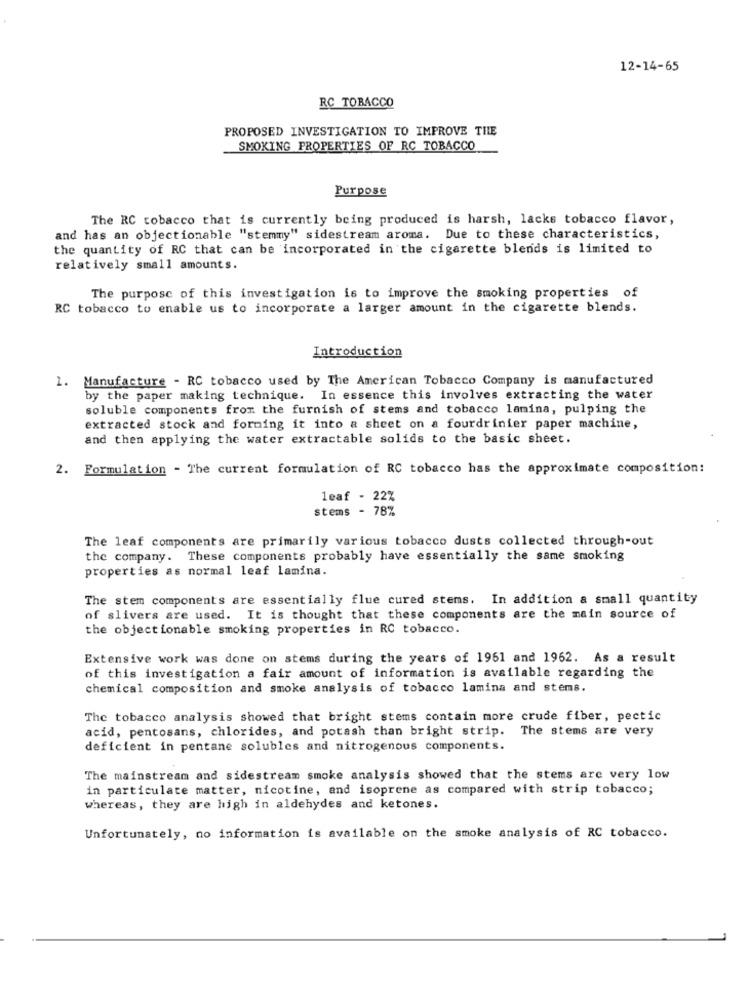
12-14-65
RC TOBACCO
PROPOSED INVESTIGATION TO IMPROVE THE
SMOKING PROPERTIES OF RC TOBACCO
Purpose
The RC tobacco that is currently being produced is harsh, lacks tobacco flavor,
and has an objectionable "stemmy" sidestream aroma. Due to these characteristics,
the quantity of RC that can be incorporated in the cigarette blends is limited to
relatively small amounts.
The purpose of this investigation is to improve the smoking properties of
RC tobacco to enable us to incorporate a larger amount in the cigarette blends.
Introduction
1. Manufacture - RC tobacco used by The American Tobacco Company is manufactured
by the paper making technique. In essence this involves extracting the water
soluble components from the furnish of stems and tobacco lamina, pulping the
extracted stock and forming it into a sheet on a fourdrinier paper machine,
and then applying the water extractable solids to the basic sheet.
2. Formulation - The current formulation of RC tobacco has the approximate composition:
leaf - 22%
stems - 78%
The leaf components are primarily various tobacco dusts collected through-out
the company. These components probably have essentially the same smoking
properties as normal leaf lamina.
The stem components are essentially flue cured stems. In addition a small quantity
of slivers are used. It is thought that these components are the main source of
the objectionable smoking properties in RC tobacco.
Extensive work was done on stems during the years of 1951 and 1962. As a result
of this investigation a fair amount of information is available regarding the
chemical composition and smoke analysis of tobacco lamina and stems.
The tobacco analysis showed that bright stems contain more crude fiber, pectic
acid, pentosans, chlorides, and potash than bright strip. The stems are very
deficient in pentane solubles and nitrogenous components.
The mainstream and sidestream smoke analysis showed that the stems are very low
in particulate matter, nicotine, and isoprene as compared with strip tobacco;
whereas, they are high in aldehydes and ketones.
Unfortunately, no information is available on the smoke analysis of RC tobacco.